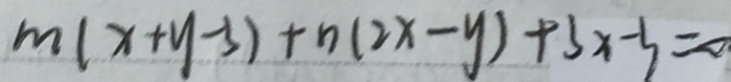
m ( x + y - 3 ) + n ( 2 x - y ) + 3 x - 3 = 0